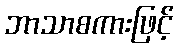
ဘာသာစကားဖြင့်